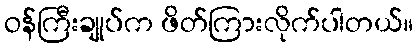
ဝန်ကြီးချုပ်က ဖိတ်ကြားလိုက်ပါတယ်။